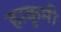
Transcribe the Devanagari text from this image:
हाकुमी